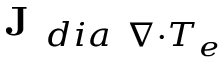
\textbf { J } _ { d i a \ \nabla \cdot T _ { e } }